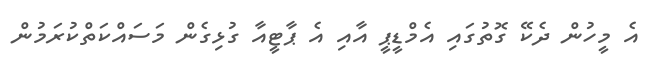
އެ މީހުން ދެކޭ ގޮތުގައި އެމްޑީޕީ އާއި އެ ޕާޓީއާ ގުޅިގެން މަސައްކަތްކުރަމުން